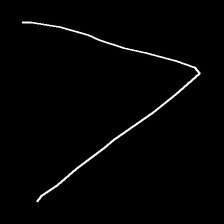
Glyph: region